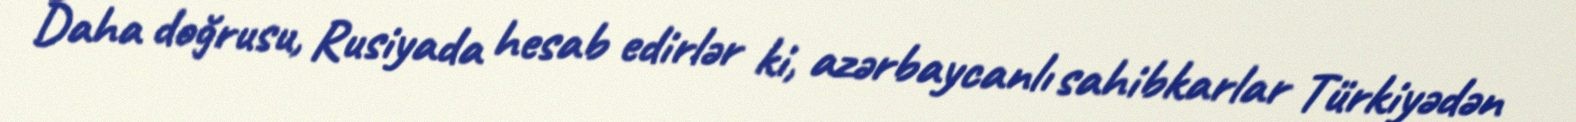
Daha doğrusu, Rusiyada hesab edirlər ki, azərbaycanlı sahibkarlar Türkiyədən